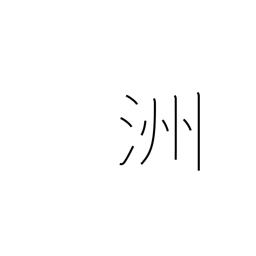
Meaning: island